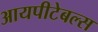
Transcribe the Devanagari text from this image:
आयपीटेबल्स